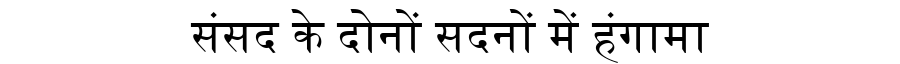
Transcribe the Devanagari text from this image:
संसद के दोनों सदनों में हंगामा